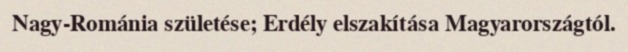
Nagy-Románia születése; Erdély elszakítása Magyarországtól.